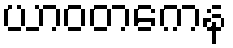
ယာဝတကေန